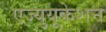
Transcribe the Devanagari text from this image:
एज्युयूकेशन